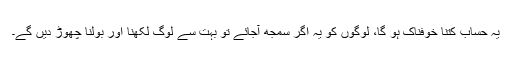
یہ حساب کتنا خوفناک ہو گا، لوگوں کو یہ اگر سمجھ آجائے تو بہت سے لوگ لکھنا اور بولنا چھوڑ دیں گے۔